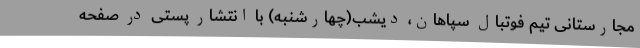
مجارستانی تیم فوتبال سپاهان، دیشب(چهارشنبه) با انتشار پستی در صفحه